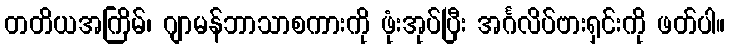
တတိယအကြိမ်၊ ဂျာမန်ဘာသာစကားကို ဖုံးအုပ်ပြီး အင်္ဂလိပ်ဗားရှင်းကို ဖတ်ပါ။